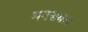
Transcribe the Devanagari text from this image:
मनसबल